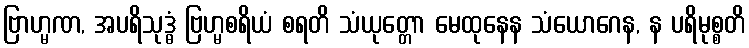
ဗြာဟ္မဏ, အပရိသုဒ္ဓံ ဗြဟ္မစရိယံ စရတိ သံယုတ္တော မေထုနေန သံယောဂေန, န ပရိမုစ္စတိ